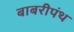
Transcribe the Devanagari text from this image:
बाबरीपंथ